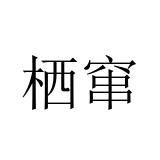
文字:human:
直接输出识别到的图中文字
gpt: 栖窜